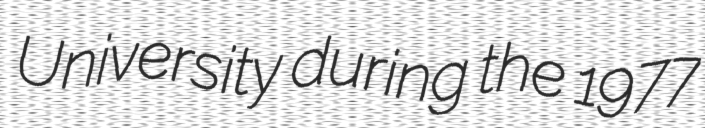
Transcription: University during the 1977